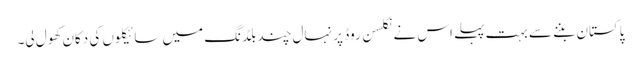
پاکستان بننے سے بہت پہلے اس نے نکلسن روڈ پر نہال چند بلڈنگ میں سائیکلوں کی دکان کھول لی۔